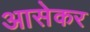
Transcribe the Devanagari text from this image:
आसेकर